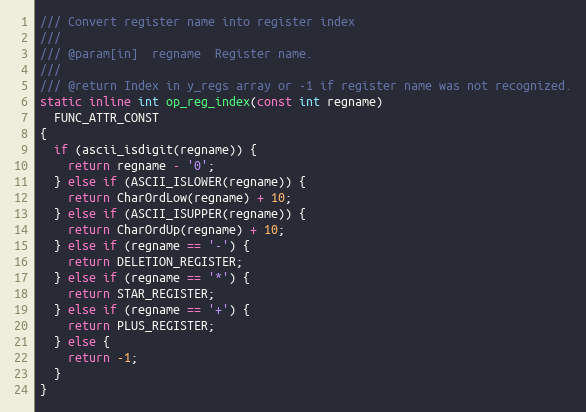
Language: C
/// Convert register name into register index
///
/// @param[in]  regname  Register name.
///
/// @return Index in y_regs array or -1 if register name was not recognized.
static inline int op_reg_index(const int regname)
  FUNC_ATTR_CONST
{
  if (ascii_isdigit(regname)) {
    return regname - '0';
  } else if (ASCII_ISLOWER(regname)) {
    return CharOrdLow(regname) + 10;
  } else if (ASCII_ISUPPER(regname)) {
    return CharOrdUp(regname) + 10;
  } else if (regname == '-') {
    return DELETION_REGISTER;
  } else if (regname == '*') {
    return STAR_REGISTER;
  } else if (regname == '+') {
    return PLUS_REGISTER;
  } else {
    return -1;
  }
}